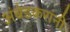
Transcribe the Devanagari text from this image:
अंबेडकरांनी